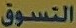
التسوق